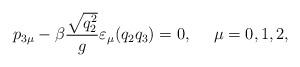
LaTeX: \begin{align*}p_{3\mu}-\beta\frac{\sqrt{q_2^2}}{g}\varepsilon_\mu(q_2q_3)=0,~~~~\mu=0,1,2,\end{align*}